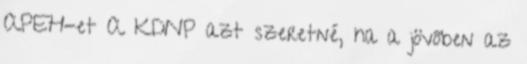
APEH-et A KDNP azt szeretné, ha a jövőben az